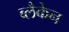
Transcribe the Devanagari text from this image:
ब्लैकेन